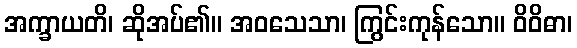
အက္ခာယတိ၊ ဆိုအပ်၏။ အဝသေသာ၊ ကြွင်းကုန်သော။ ဝိဝိဓာ၊